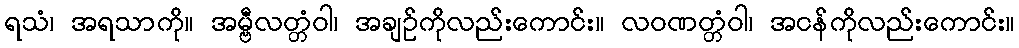
ရသံ၊ အရသာကို။ အမ္ဗီလတ္တံဝါ၊ အချဉ်ကိုလည်းကောင်း။ လဝဏတ္တံဝါ၊ အငန်ကိုလည်းကောင်း။